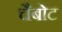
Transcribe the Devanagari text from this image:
चैबोट